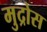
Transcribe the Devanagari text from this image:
मुद्रोस